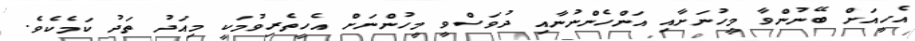
އެހީއަށް ބޭނުންވާ މީހުނަށާއި އަންހެންނުނާއި ދުވަސްވީ މީހުންނަށް އެހީތެރިވުމަކީ މިއަދު ތަދު ކަމެކެވެ.